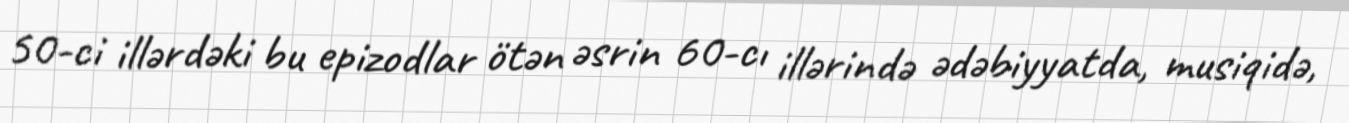
50-ci illərdəki bu epizodlar ötən əsrin 60-cı illərində ədəbiyyatda, musiqidə,